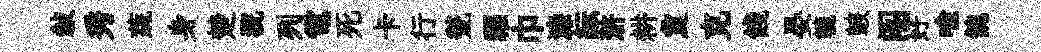
敍秀蔬身楚猊列電死卡行甃福巾濓紜滸耕夐克餞晏轆皷阁好喻餽